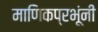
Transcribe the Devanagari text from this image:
माणिकप्रभूंनी